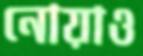
নোয়াও